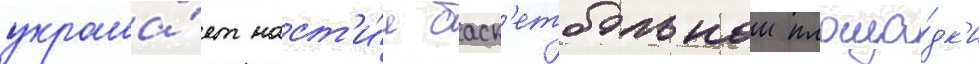
украша́ет наст'и́л баск'етбольнои площа́дк'и